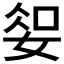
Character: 𫰱